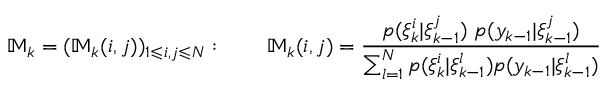
\mathbb { M } _ { k } = ( \mathbb { M } _ { k } ( i , j ) ) _ { 1 \leqslant i , j \leqslant N } : \qquad \mathbb { M } _ { k } ( i , j ) = { \frac { p ( \xi _ { k } ^ { i } | \xi _ { k - 1 } ^ { j } ) ~ p ( y _ { k - 1 } | \xi _ { k - 1 } ^ { j } ) } { \sum _ { l = 1 } ^ { N } p ( \xi _ { k } ^ { i } | \xi _ { k - 1 } ^ { l } ) p ( y _ { k - 1 } | \xi _ { k - 1 } ^ { l } ) } }